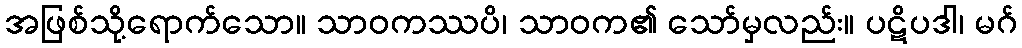
အဖြစ်သို့ရောက်သော။ သာဝကဿပိ၊ သာဝက၏ သော်မှလည်း။ ပဋိပဒါ၊ မဂ်